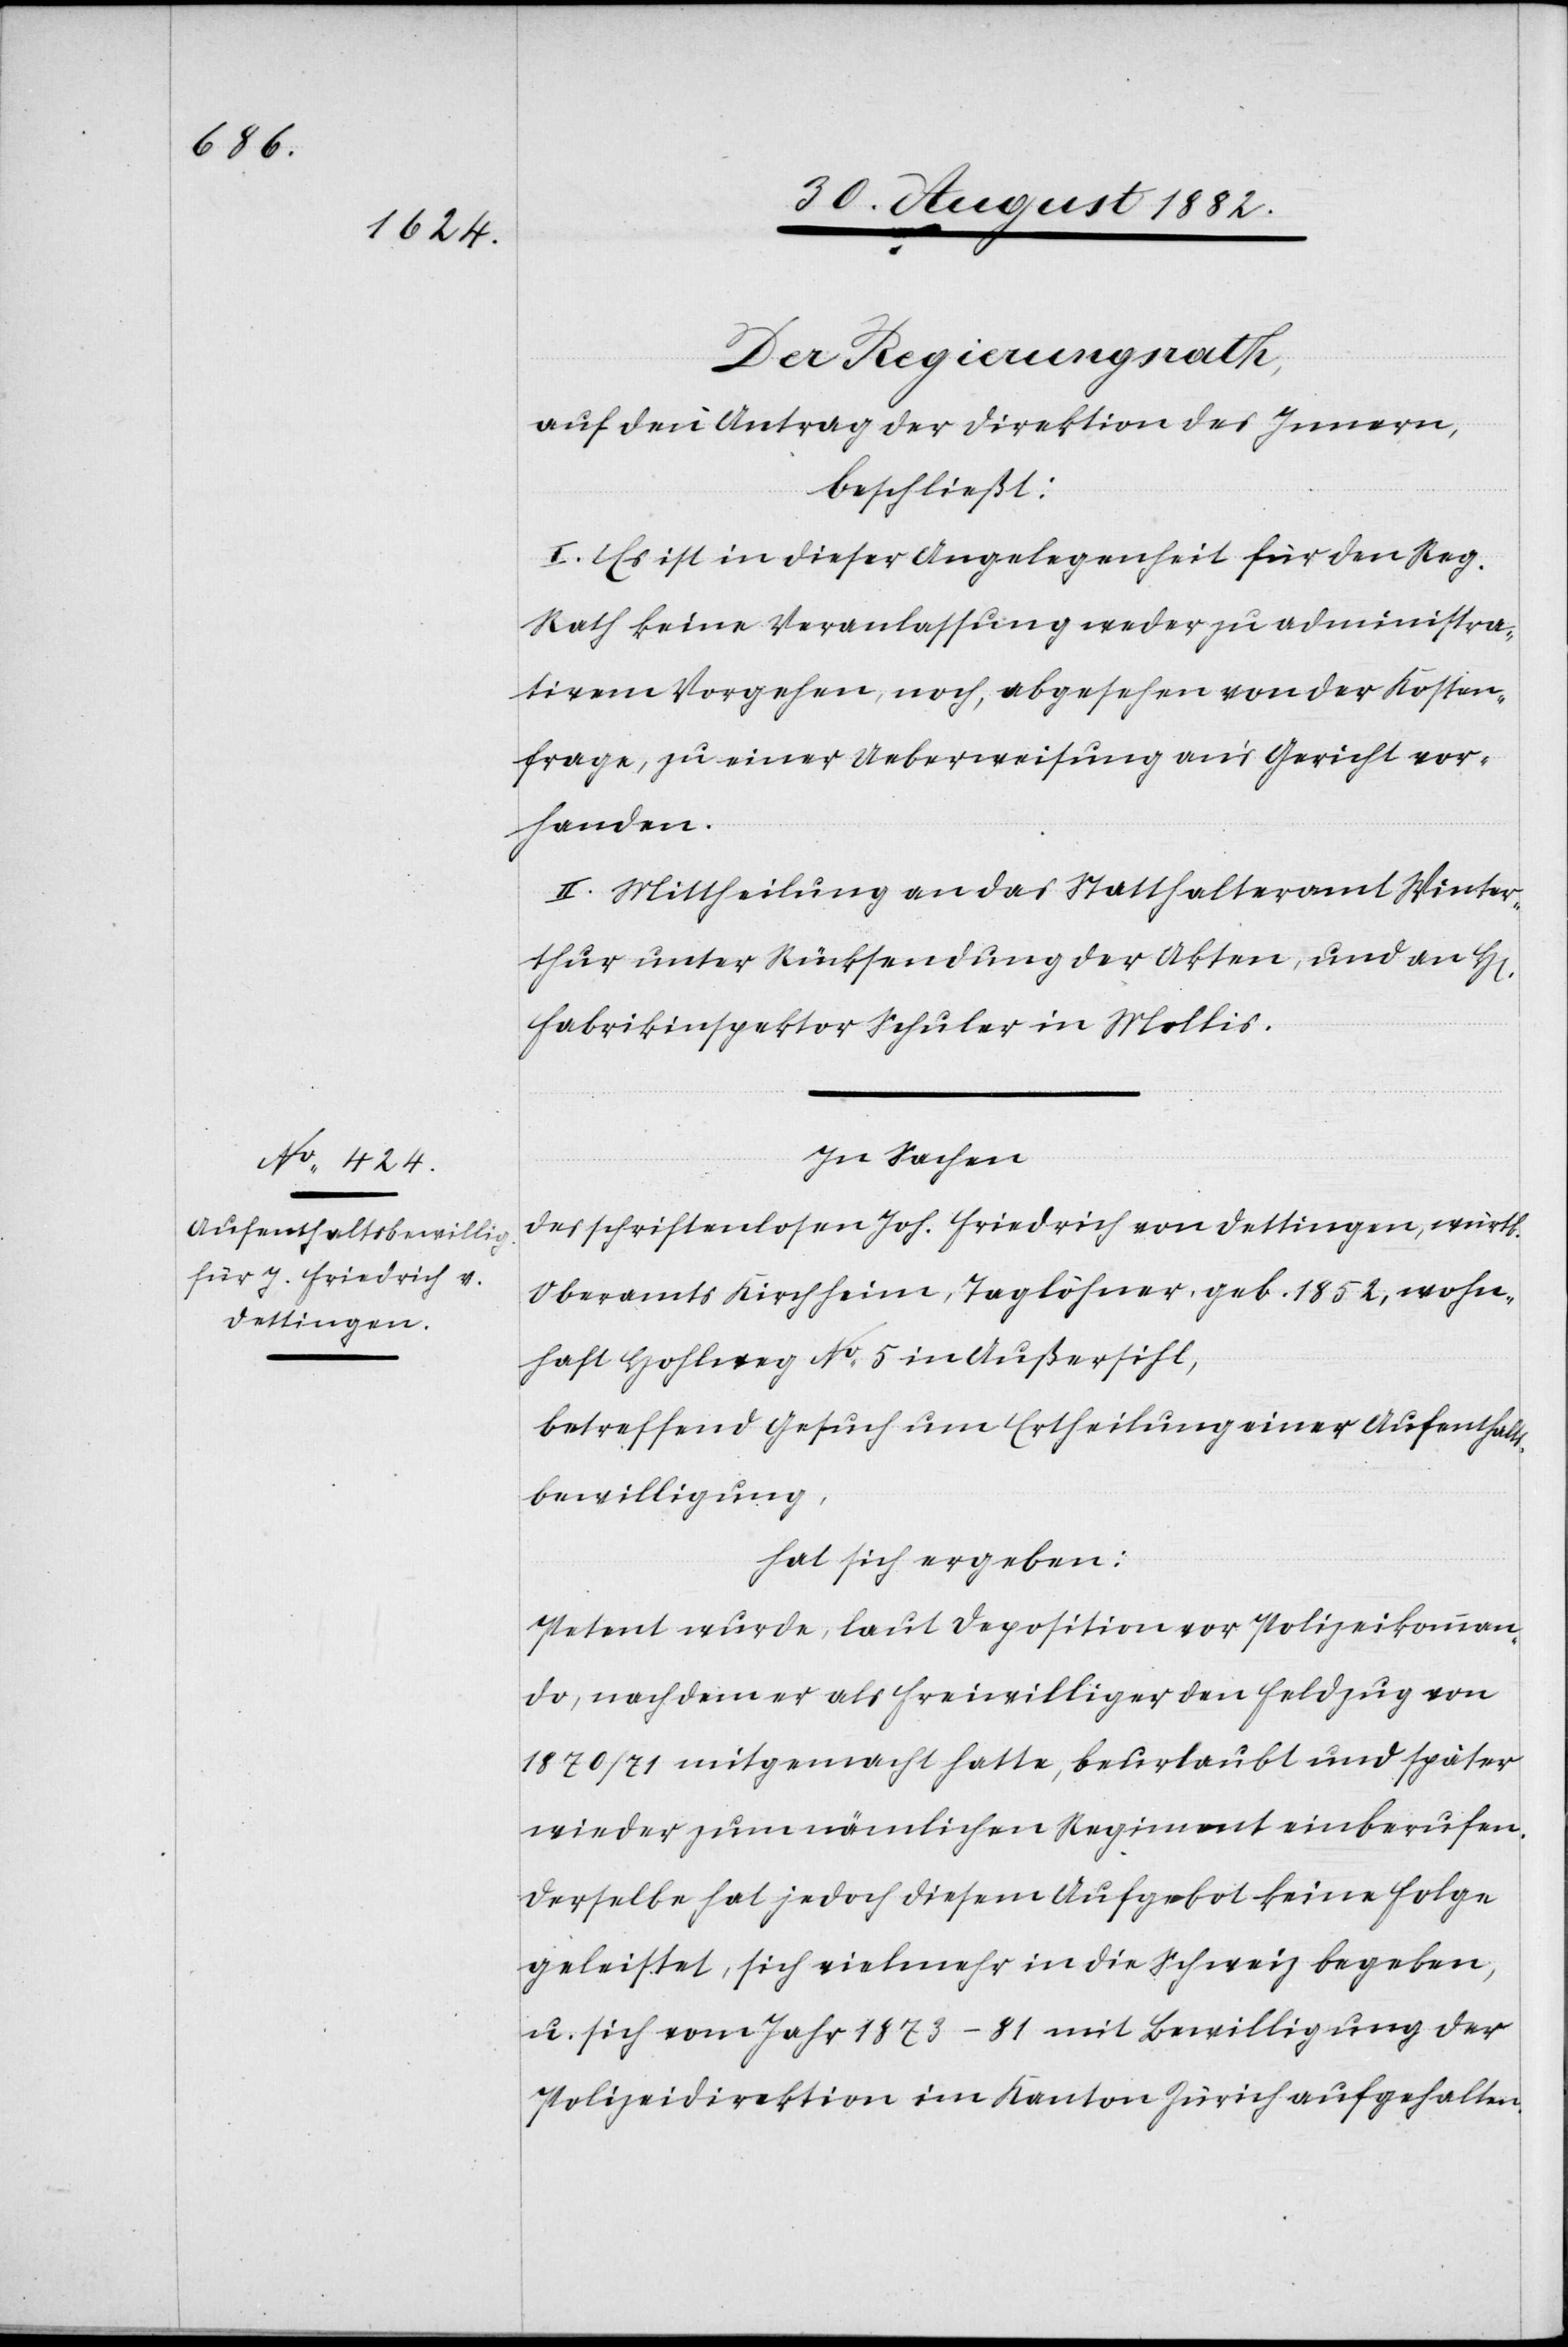
Der Regierungsrath,
auf den Antrag der Direktion des Innern,
beschließt:
I. Es ist in dieser Angelegenheit für den Reg.
Rath keine Veranlassung weder zu administra¬
tivem Vorgehen, noch, abgesehen von der Kosten¬
frage, zu einer Ueberweisung an’s Gericht vor¬
rren]
handen.
II. Mittheilung an das Statthalteramt Winter¬
thur, unter Rücksendung der Akten, und an H[e¬
Fabrikinspektor Schuler in Mollis.
In Sachen
des schriftenlosen Joh. Friedrich von Dettingen, würtb.
Oberamts Kirchheim, Taglöhner, geb. 1852, wohn¬
haft Hohlweg No 5 in Außersihl,
betreffend Gesuch um Ertheilung einer Aufenthalts¬
bewilligung,
hat sich ergeben:
Petent wurde, laut Deposition vor Polizeikomman¬
do, nachdem er als Freiwilliger den Feldzug von
1870/71 mitgemacht hatte, beurlaubt und später
wieder zum nämlichen Regiment einberufen.
Derselbe hat jedoch diesem Aufgebot keine Folge
geleistet, sich vielmehr in die Schweiz begeben,
u. sich vom Jahr 1873–81 mit Bewilligung der
Polizeidirektion im Kanton Zürich aufgehalten.